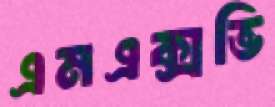
এমএক্সভি